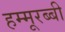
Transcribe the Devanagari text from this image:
हम्मूरब्बी